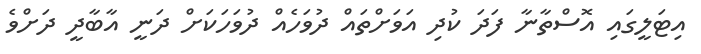
އިޓަލީގައި އޮސްތާނާ ފަދަ ކުދި އަވަށްތައް ދުވަހެއް ދުވަހަކަށް ދަނީ އާބާދީ ދަށްވެ